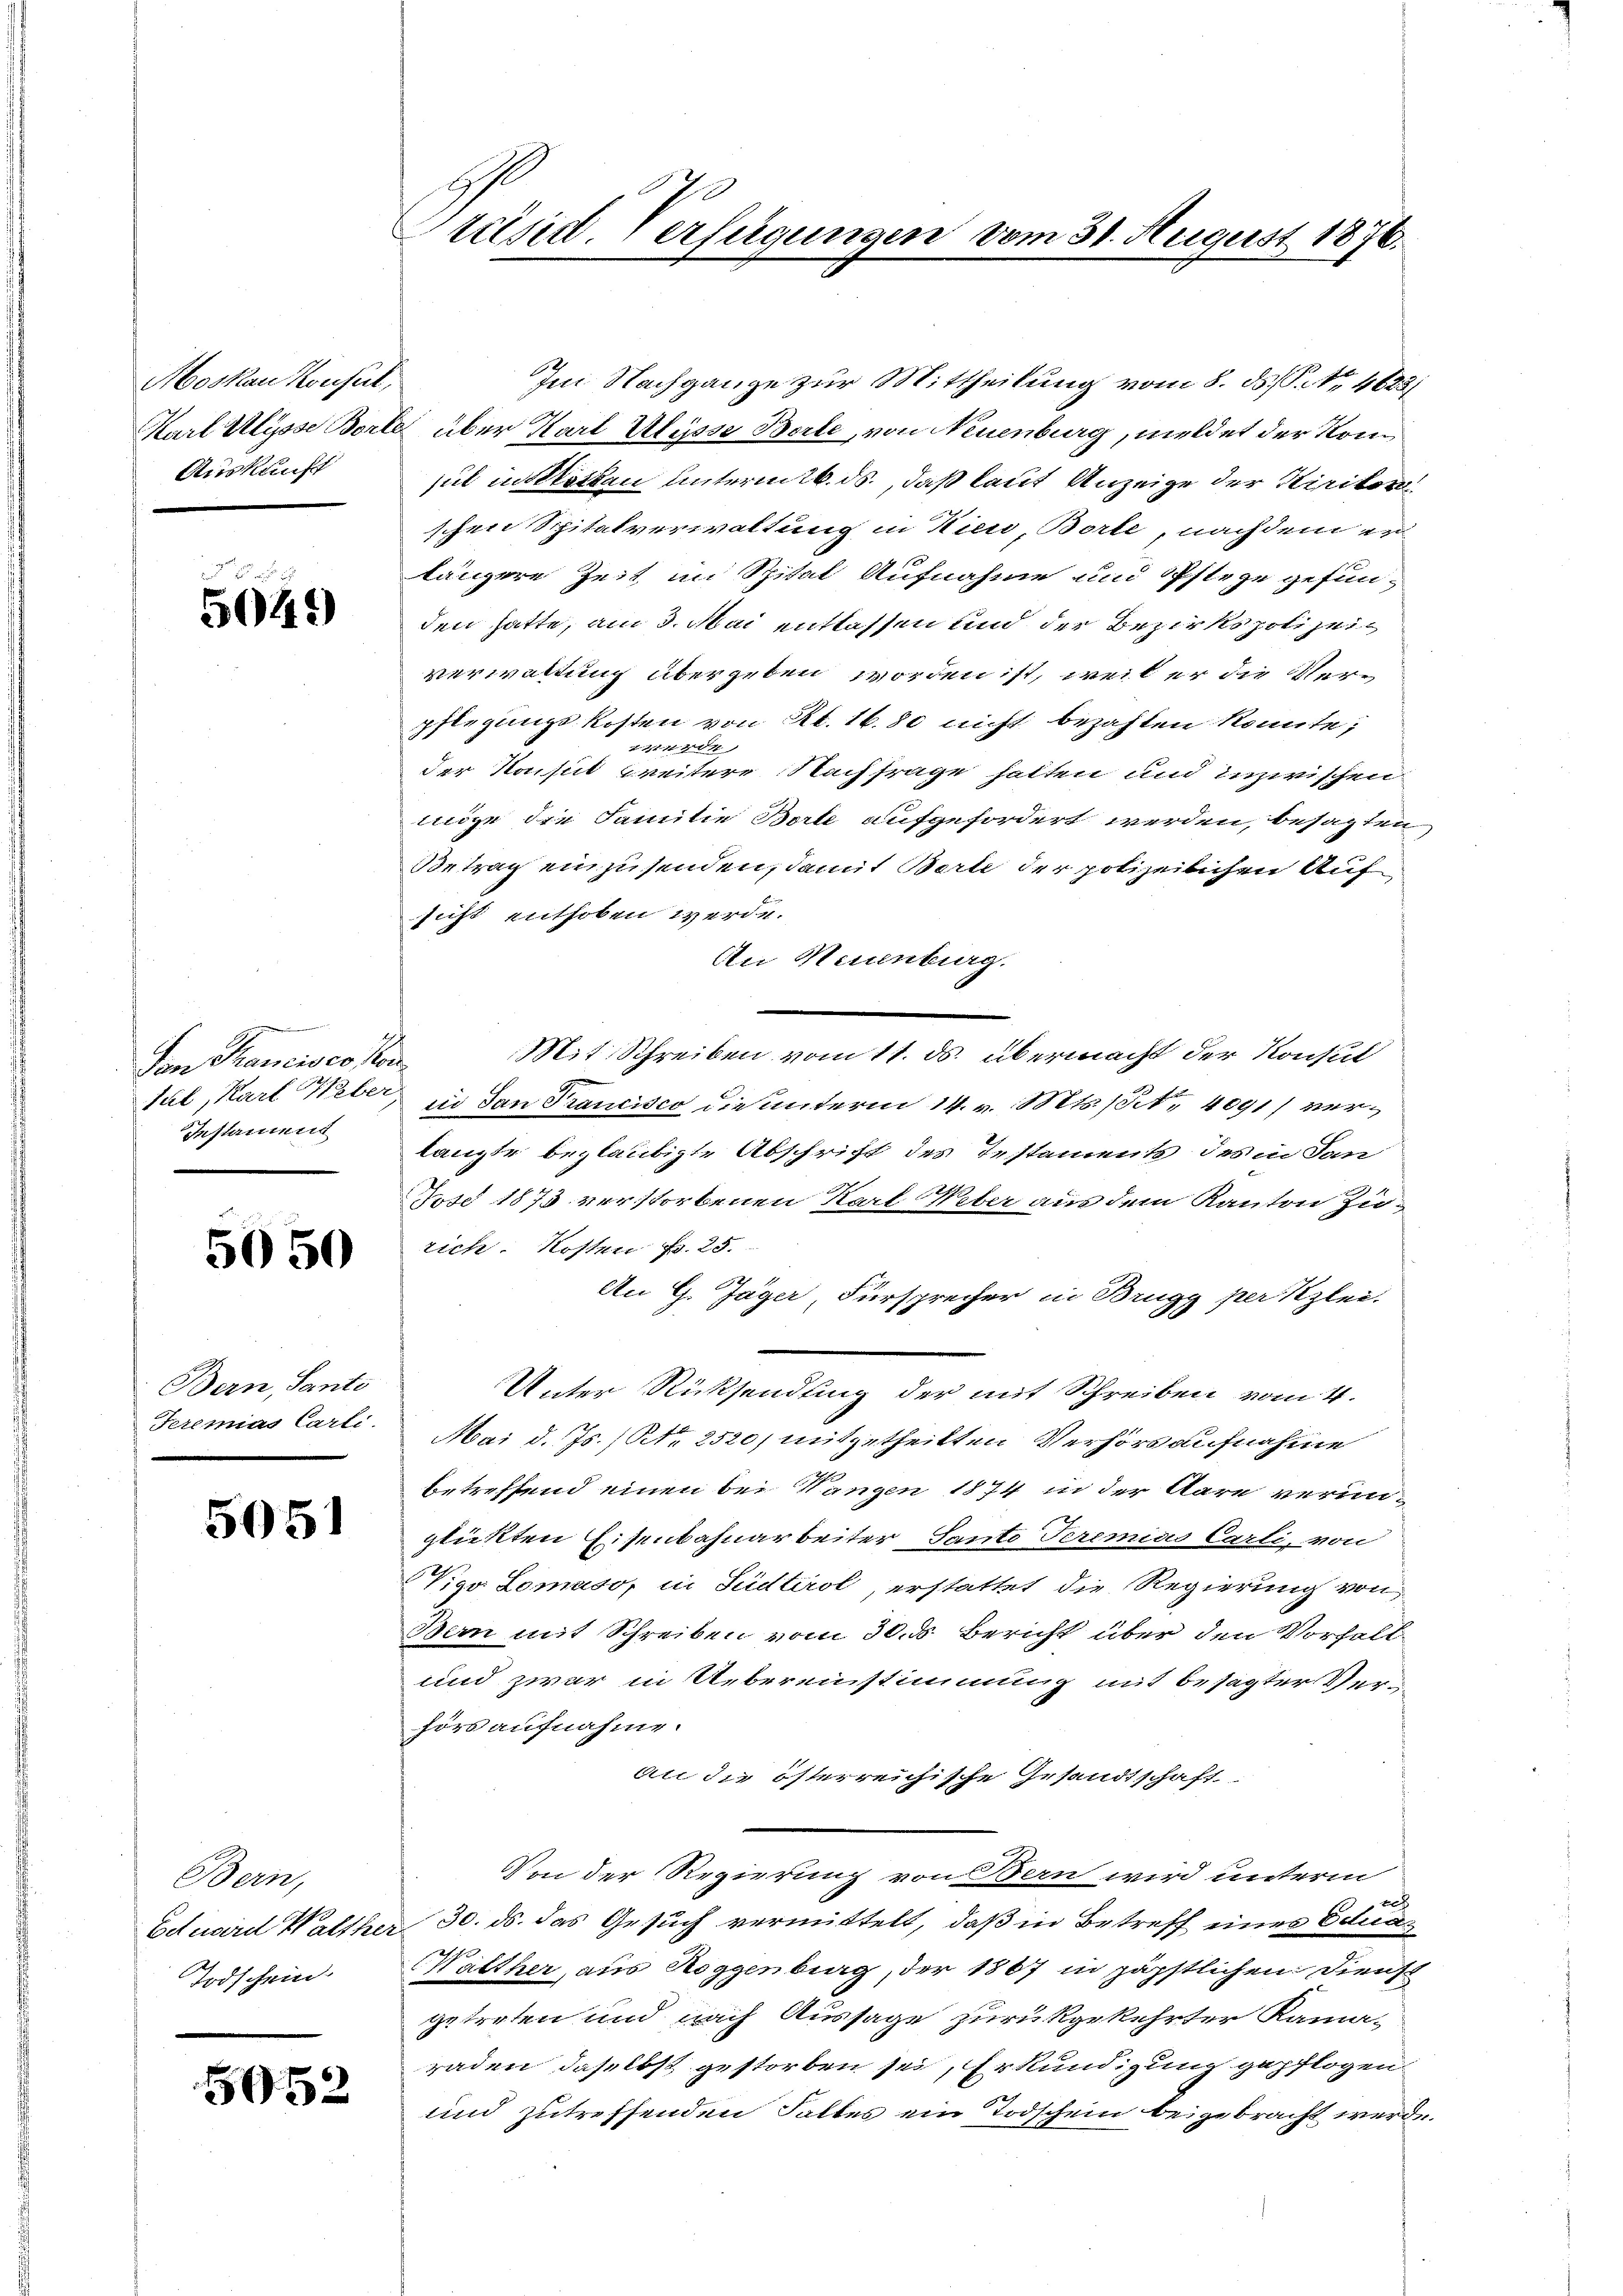
Moskau Konsul,
Auskunft

5049)

wurde
Den Thancisco Pon
Instament

5050

Bern, Santo

5051

Bern,
Todschein

5052

0
Präsid. Verfügungen vom 31. August 1876.

Im Nachgange zur Mittheilung vom 8. ds. S. No. 4623
Karl Ulysse Borte über Karl Ulysse Berte, von Neuenburg, meldet der Komsul in streiben unterm 26. ds., daß laut Anzeige der Kirikor
schen Spitalverwaltung in Kien, Borte, nachdem i
längere Zeit im Spital Aufnahme und Pflege gefun-
den hatte, am 3. Mai entlassen und der Bezirkspolizeiverwaltung übergeben worden ist, weil er die Verpflegungskosten von Kt. 16. 80 nicht bezahlen könnte;
144 d
der Konsul weitere Nachfrage hatten und inzwischen
möge die Familie Borte aufgefordert werden, besagten
Betrag einzusenden, damit Berte der polizeilichen Auf
sicht enthoben werde.
An Neuenburg.
Mit Schreiben vom 11. ds. übermacht der Konsul
tal, Karl Weber, in San Francisco die unterm 14. v. Mts. pr. 4091) verlangte beglaubigte Abschrift des Testaments des in Jan
Fose 1873 verstorbenen Karl Weber aus dem Kanton Zurich. Kosten Fr. 25.
An G. Jäger, Fürsprecher in Brugg per Klei-
Unter Rücksendung der mit Schreiben vom 4.
Feremias Carli. Mai d. Js. (Ato 2520, mitgetheilten Verhörs aufnahme
betreffend einen bei Wangen 1874 in der Aare verunglickten Eisenbahnarbeiter Santo Teremias Carli, von
Vigo Lomaso, in Südtirol, erstattet die Regierung von
Bern mit Schreiben vom 30. ds. Bericht über den Vorfall¬
und zwar in Uebereinstimmung mit besagter Verhörs aufnahme.
an die österreichische Gesandtschaft
Von der Regierung von Bern wird unterm
2
Eduard Walther 30. ds. das Gesuch vermittelt, daß in Betreff eines Edua¬
Walther aus Roggenburg, der 1867 in päpstlichen Dienst
getreten und nach Aussage zurückgekehrter Kama-
raden daselbst gestorben sei, Erkundigung gepflogen
und zutreffenden Falles ein Todschein beigebracht werde.